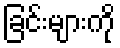
ခြင်းများကို